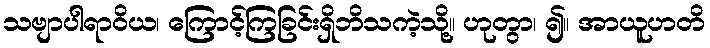
သဗျာပါရာဝိယ၊ ကြောင့်ကြခြင်းရှိဘိသကဲ့သို့။ ဟုတွာ၊ ၍။ အာယူဟတိ